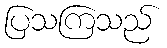
ပြသကြသည်